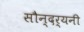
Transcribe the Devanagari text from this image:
सौन्दर्यनी